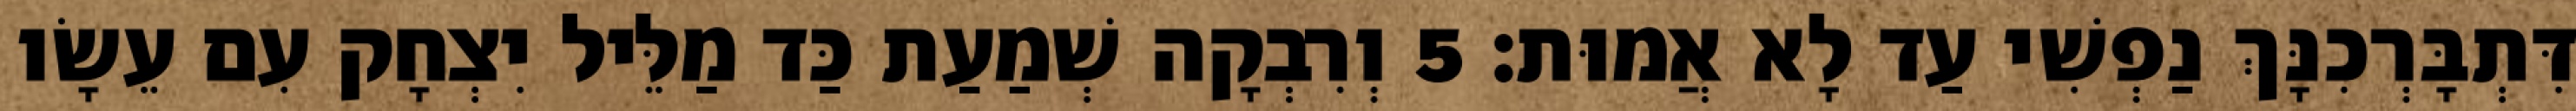
דִּתְבָּרְכִנָּךְ נַפְשִׁי עַד לָא אֲמוּת׃ 5 וְרִבְקָה שְׁמַעַת כַּד מַלֵּיל יִצְחָק עִם עֵשָׂו